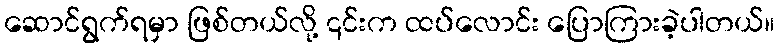
ဆောင်ရွက်ရမှာ ဖြစ်တယ်လို့ ၎င်းက ထပ်လောင်း ပြောကြားခဲ့ပါတယ်။